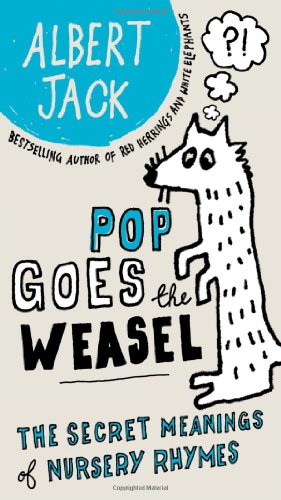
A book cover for Pop Goes the Weasel: The Secret Meanings of Nursery Rhymes; Albert Jack; Literature & Fiction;